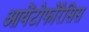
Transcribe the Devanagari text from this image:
आयेंटोफोरैसिस